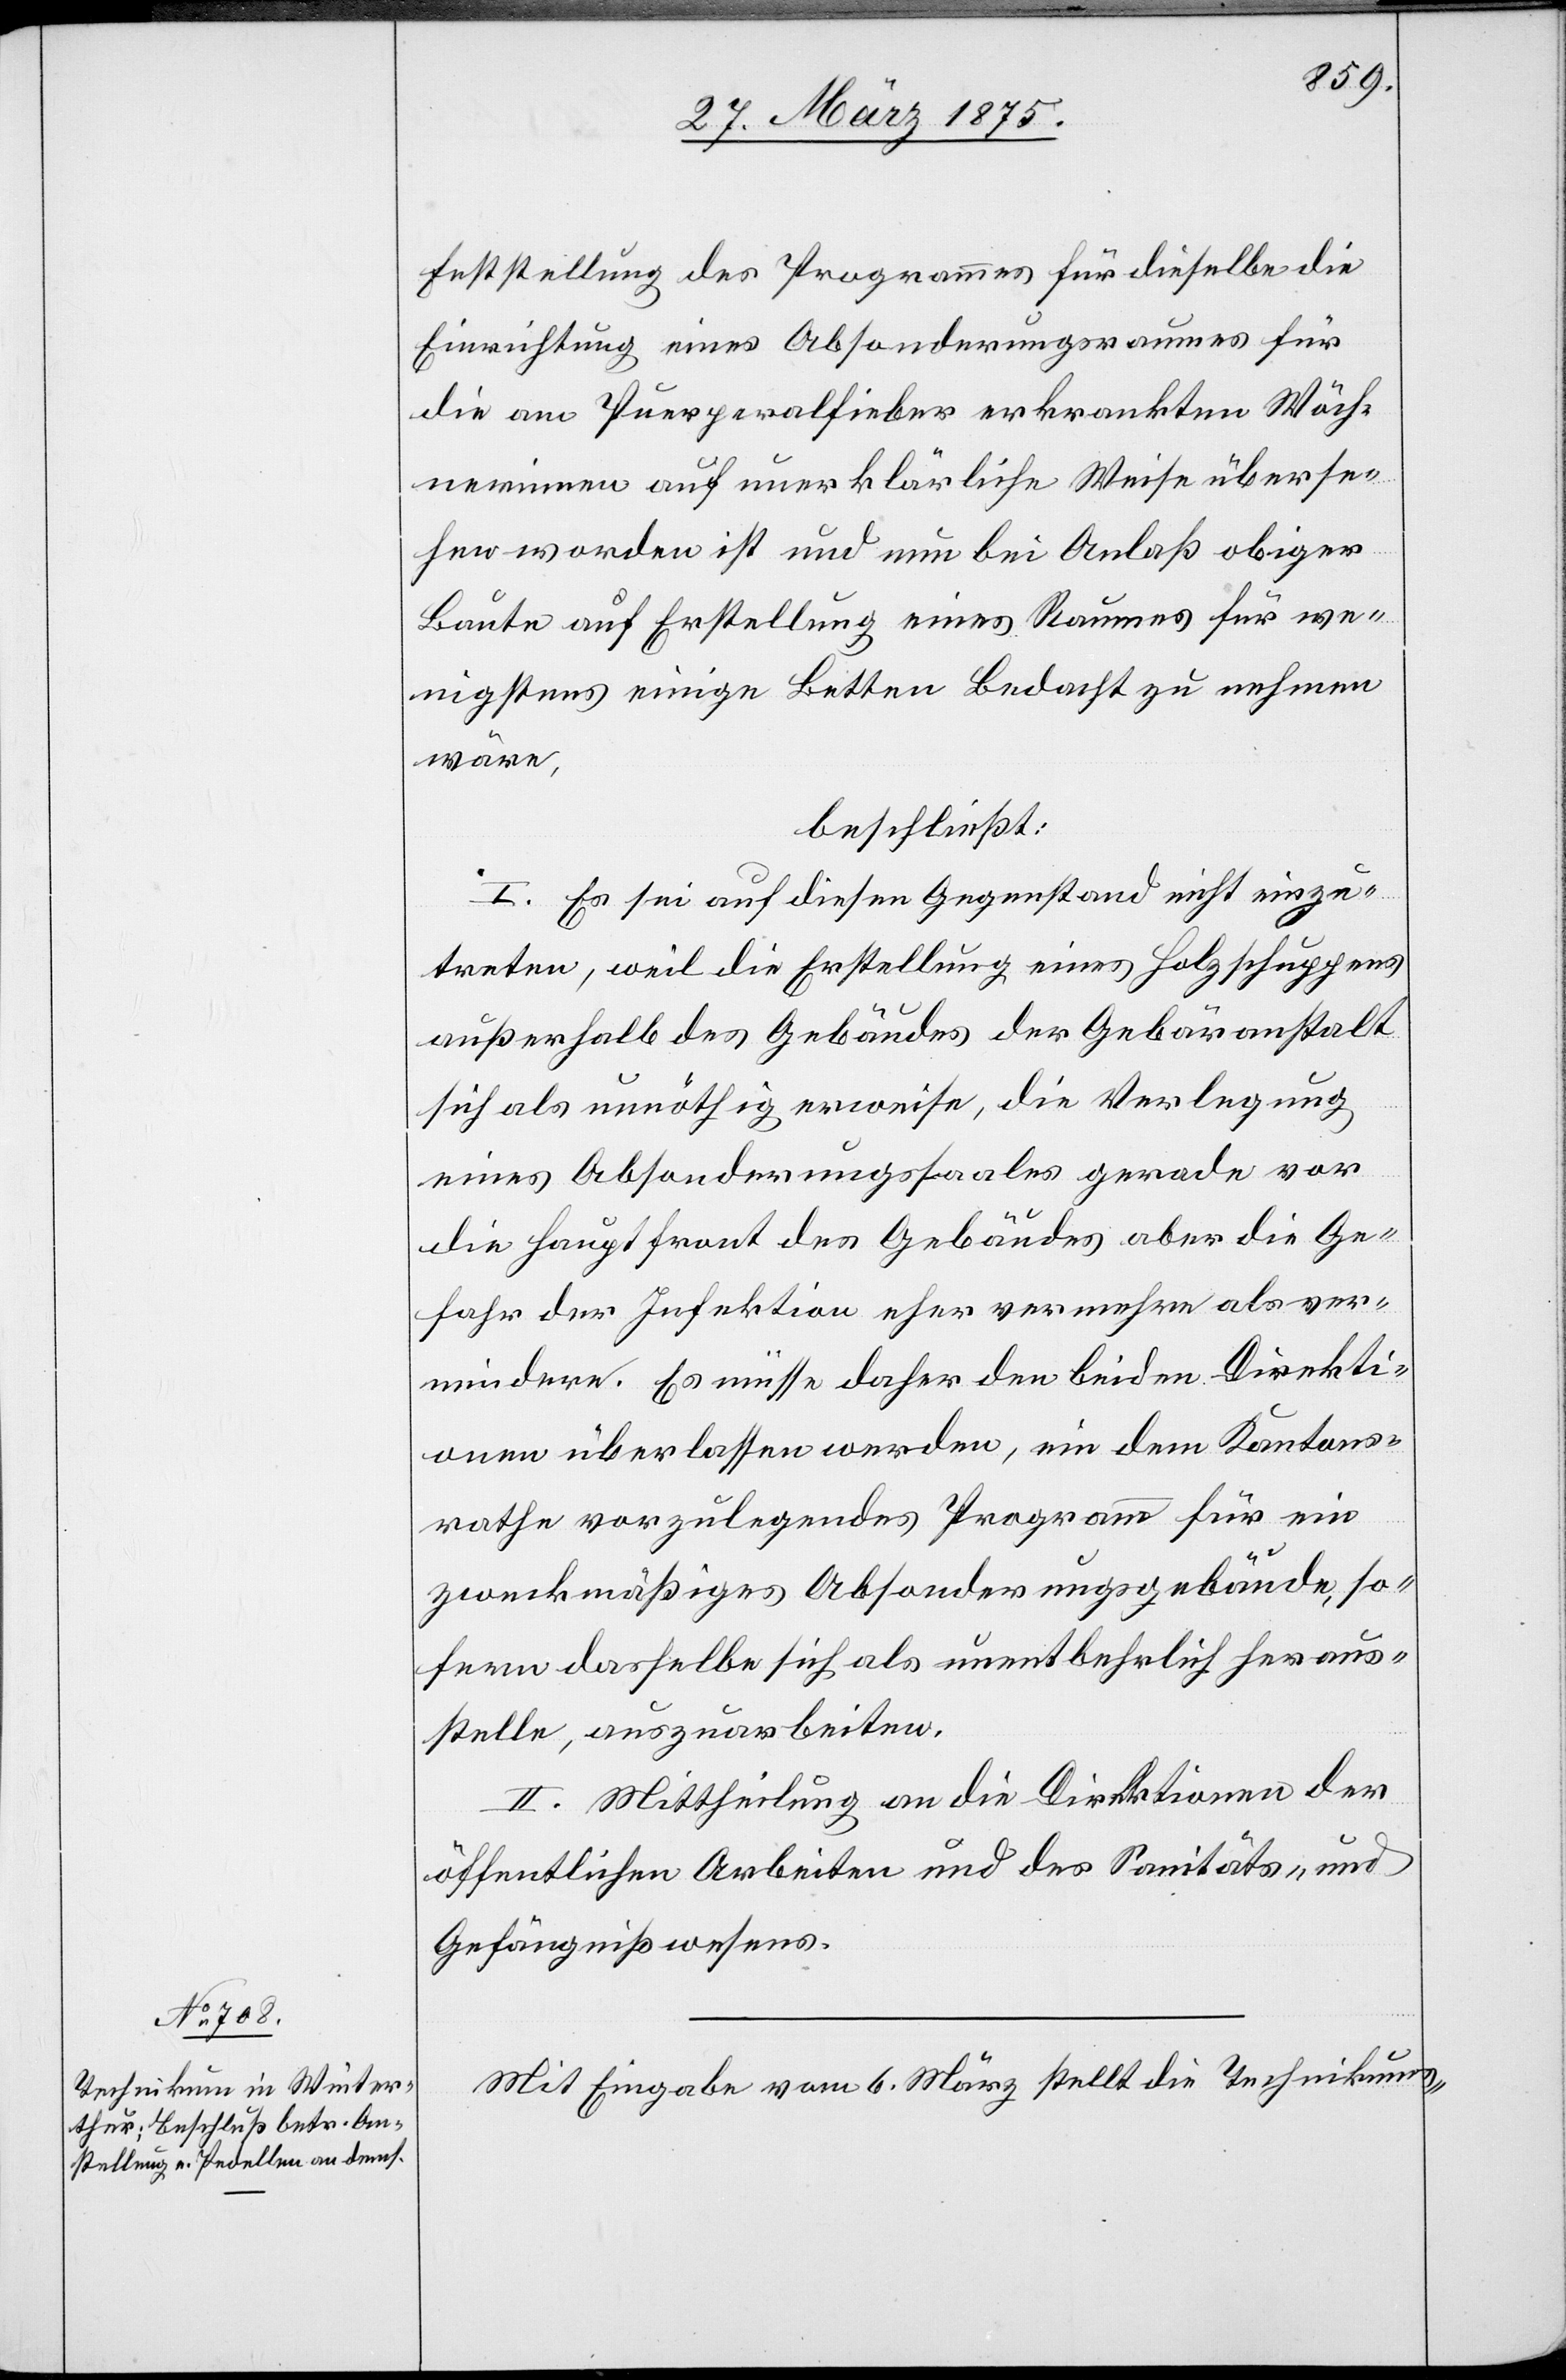
Feststellung des Programmes für dieselbe die
Einrichtung eines Absonderungsraumes für
die am Puerperalfieber erkrankten Wöch¬
nerinnen auf unerklärliche Weise überse¬
hen worden ist und nun bei Anlaß obiger
Baute auf Erstellung eines Raumes für we¬
nigstens einige Betten Bedacht zu nehmen
wäre,
beschließt:
I. Es sei auf diesen Gegenstand nicht einzu¬
treten, weil die Erstellung eines Holzschuppens
außerhalb des Gebäudes der Gebäranstalt
sich als unnöthig erweise, die Verlegung
eines Absonderungssaales gerade vor
die Hauptfront des Gebäudes aber die Ge¬
fahr der Infektion eher vermehre als ver¬
mindere. Es müsse daher den beiden Direkti¬
onen überlassen werden, ein dem Kantons¬
rathe vorzulegendes Programm für ein
zweckmäßiges Absonderungsgebäude, so¬
fern dasselbe sich als unentbehrlich heraus¬
stelle, auszuarbeiten.
II. Mittheilung an die Direktion der
öffentlichen Arbeiten und das Sanitäts- und
Gefängnißwesens.
Mit Eingabe vom 6. März stellt die Technikums-